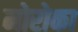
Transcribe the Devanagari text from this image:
मोरोका